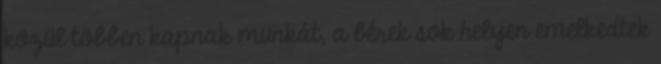
közül többen kapnak munkát, a bérek sok helyen emelkedtek